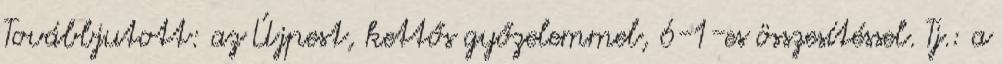
Továbbjutott: az Újpest, kettős győzelemmel, 6-1-es összesítéssel. Tj.: a